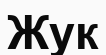
Жук